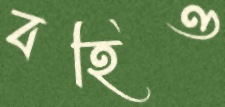
বহিও